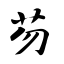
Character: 芴